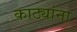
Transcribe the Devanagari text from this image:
काठ्यांना